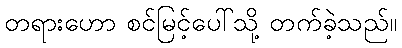
တရားဟော စင်မြင့်ပေါ်သို့ တက်ခဲ့သည်။